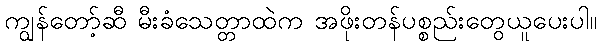
ကျွန်တော့်ဆီ မီးခံသေတ္တာထဲက အဖိုးတန်ပစ္စည်းတွေယူပေးပါ။